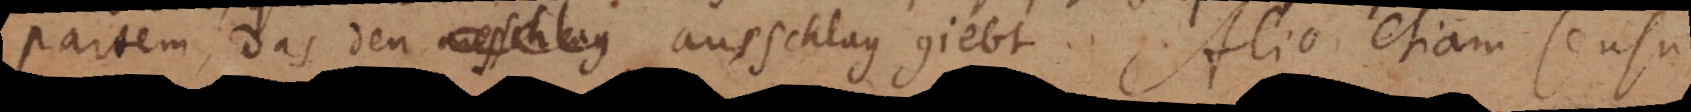
partem, das den ausschlag giebt. Alio etiam sensu